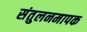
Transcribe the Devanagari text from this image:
संतुलनमापक